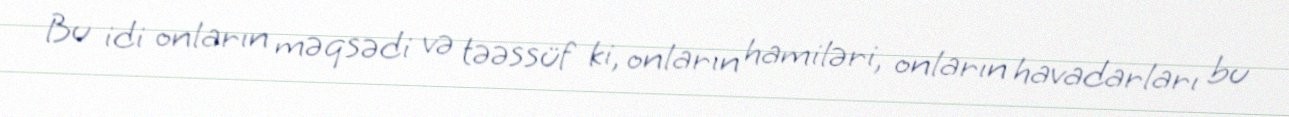
Bu idi onların məqsədi və təəssüf ki, onların hamiləri, onların havadarları bu